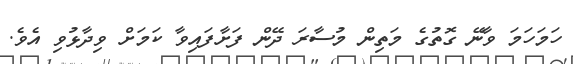
ހަމަހަމަ ވާނޭ ގޮތުގެ މަތިން މުސާރަ ދޭން ފަށާފައިވާ ކަމަށް ވިދާޅުވި އެވެ.